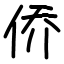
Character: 侨